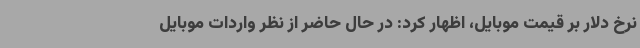
نرخ دلار بر قیمت موبایل، اظهار کرد: در حال حاضر از نظر واردات موبایل